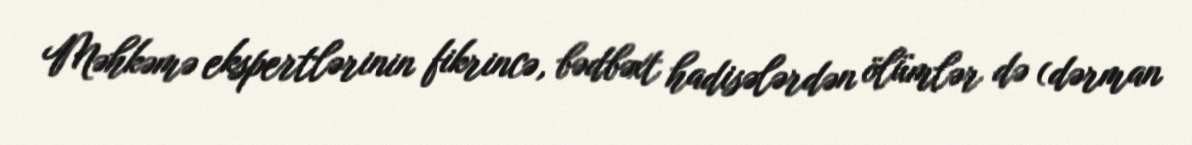
Məhkəmə ekspertlərinin fikrincə, bədbəxt hadisələrdən ölümlər də (dərman